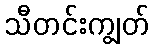
သီတင်းကျွတ်